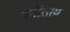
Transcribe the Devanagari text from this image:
हर्गीताय